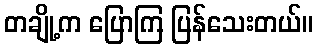
တချို့က ပြောကြ ပြန်သေးတယ်။